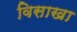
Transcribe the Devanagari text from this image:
विसाखा